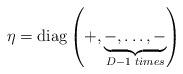
LaTeX: \begin{align*}\eta=\mbox{diag}\left( + , \underbrace{-, \dots , -}_{D-1 \,\, times}\right)\end{align*}